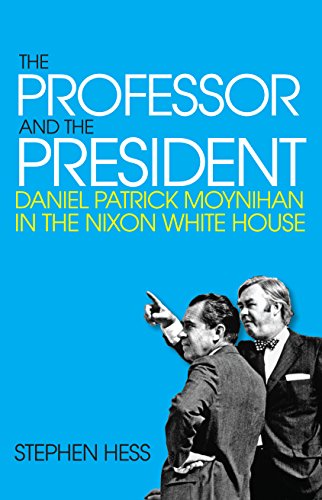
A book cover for The Professor and the President: Daniel Patrick Moynihan in the Nixon White House; Stephen Hess; Business & Money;